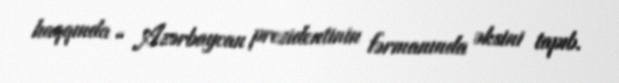
haqqında “ Azərbaycan prezidentinin fərmanında əksini tapıb.